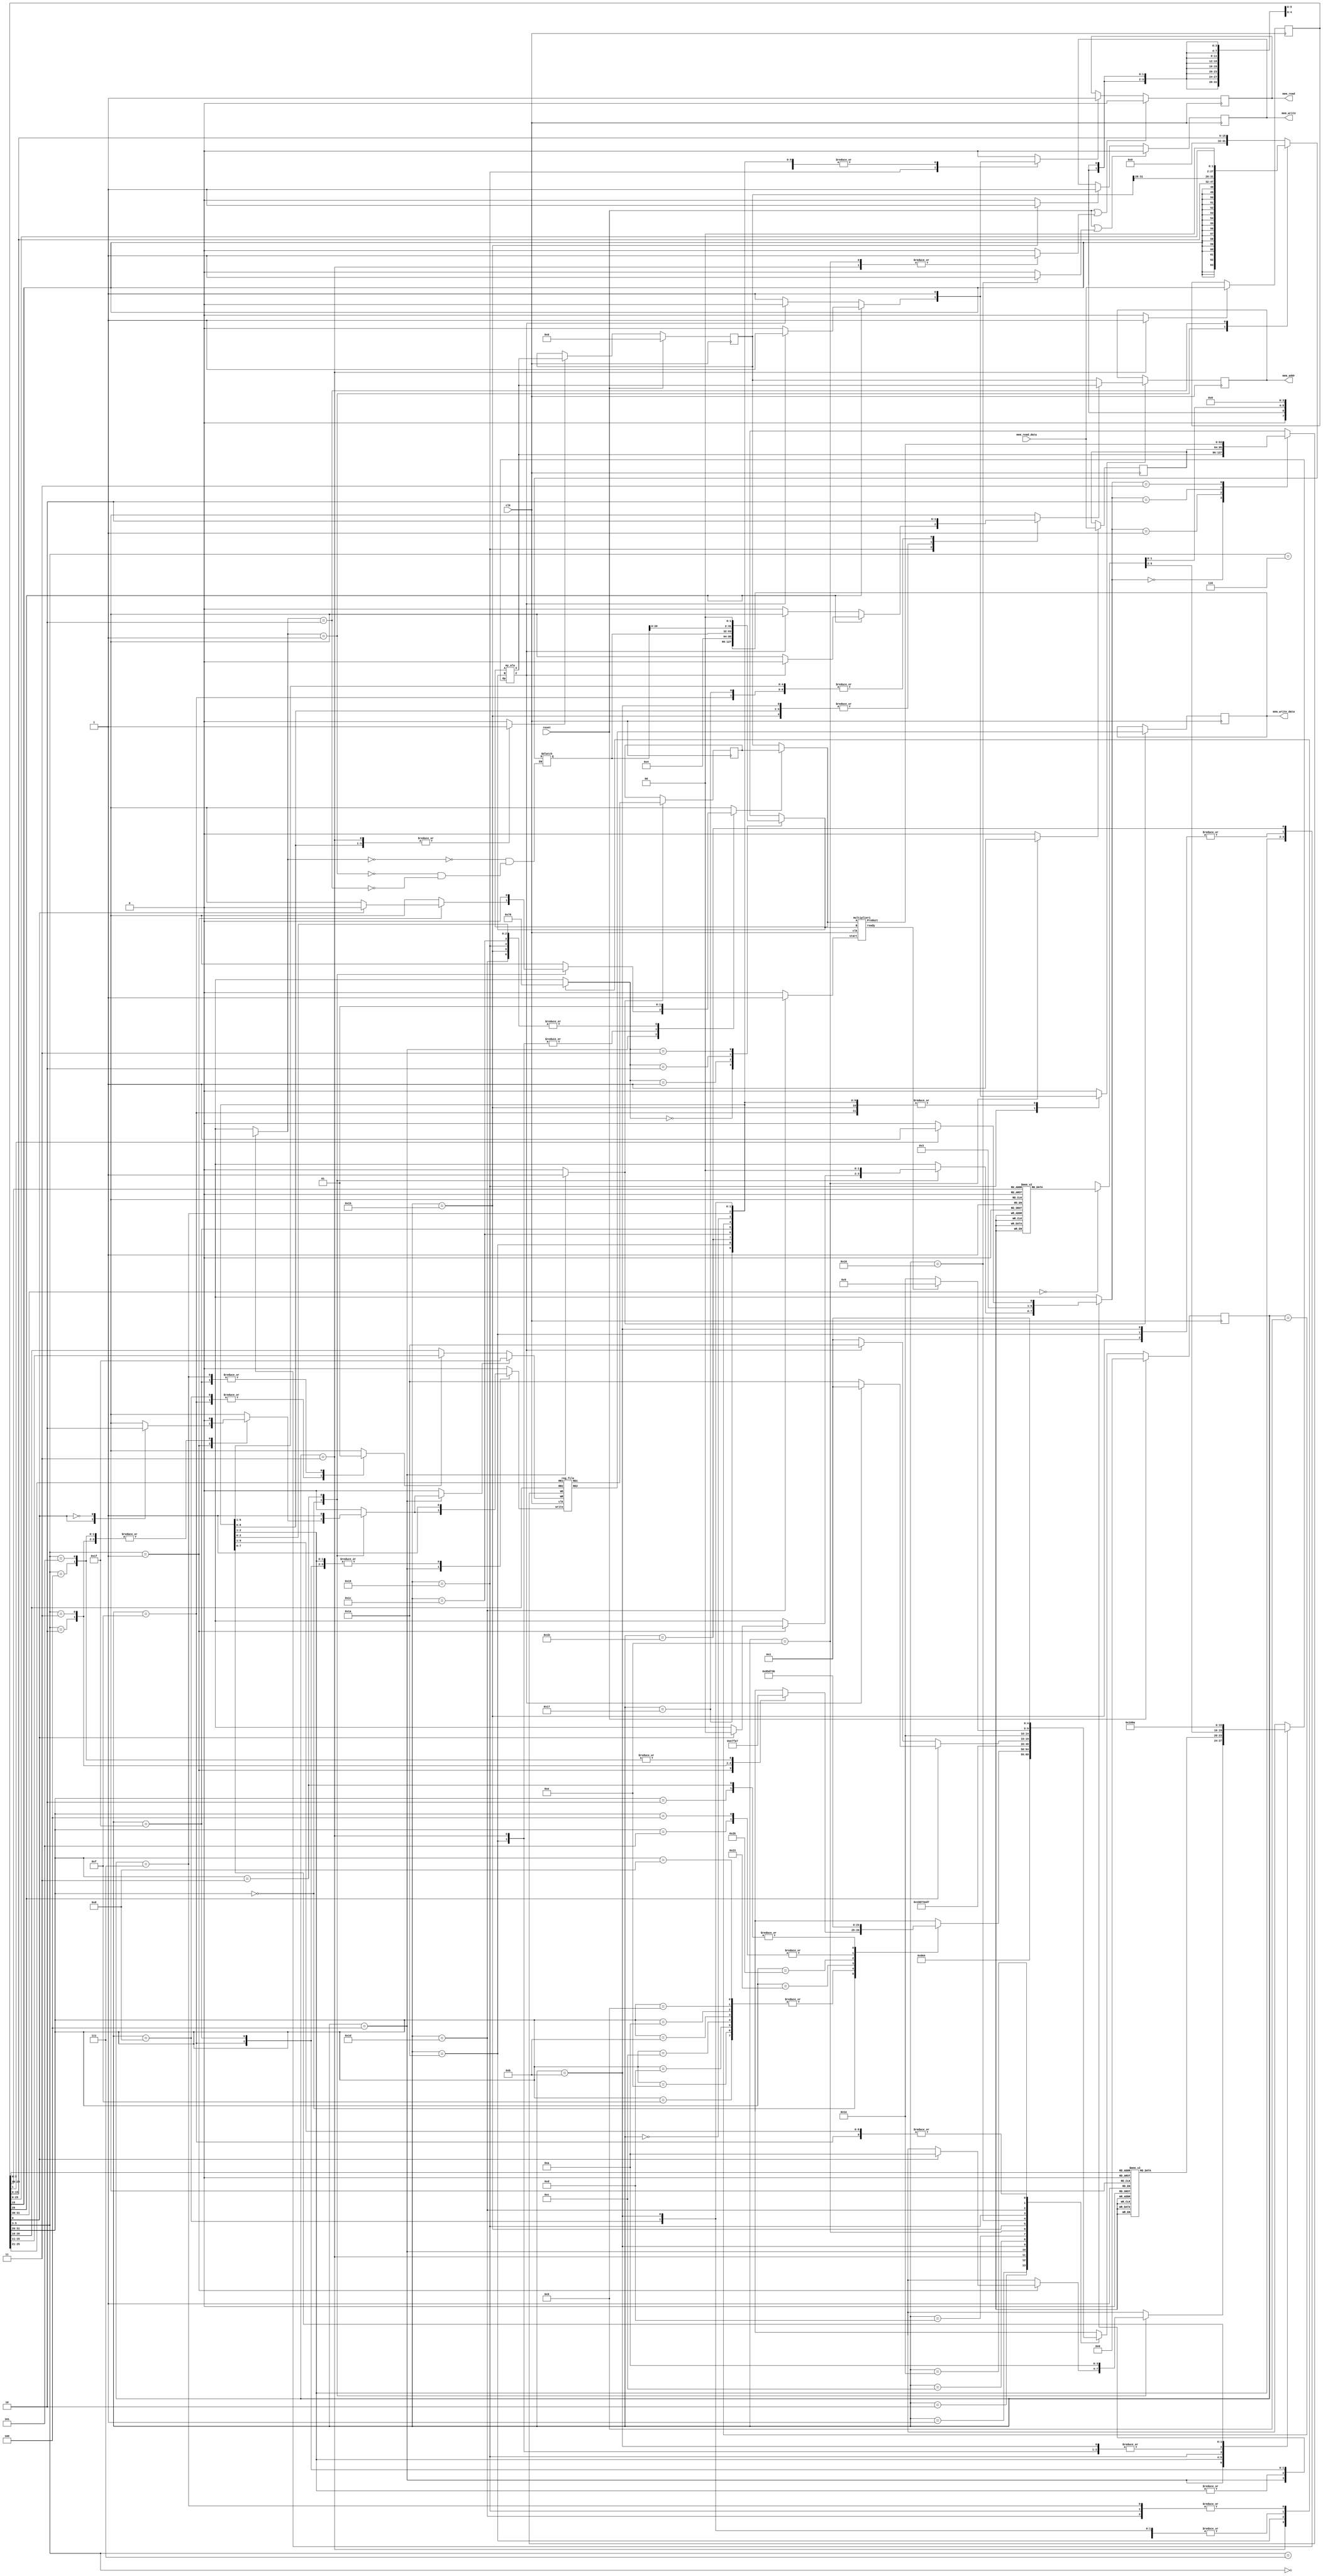

`timescale 1ns/100ps

   `define ADD  4'h0
   `define SUB  4'h1
   `define SLT  4'h2
   `define SLTU 4'h3
   `define AND  4'h4
   `define OR   4'h5
   `define NOR  4'h6
   `define XOR  4'h7
   `define LUI  4'h8
   `define JUMP    4'h9
   `define JR      4'ha
module multi_cycle_mips(

   input clk,
   input reset,

   // Memory Ports
   output  [31:0] mem_addr,
   input   [31:0] mem_read_data,
   output  [31:0] mem_write_data,
   output         mem_read,
   output         mem_write
);

   // Data Path Registers
   reg MRE, MWE;
   reg [31:0] A, B, PC, IR, MDR, MAR,regw,hi,lo;
   wire [31:0] hi1,lo1;

   // Data Path Control Lines, don't forget, regs are not always register !!
   reg setMRE, clrMRE, setMWE, clrMWE;
   reg Awrt, Bwrt, RFwrt, PCwrt, IRwrt, MDRwrt, MARwrt;

   // Memory Ports Bindings
   assign mem_addr = MAR;
   assign mem_read = MRE;
   assign mem_write = MWE;
   assign mem_write_data = B;

   // Mux & ALU Control Line
   reg [3:0] AluOP;
   reg [1:0] aluSelB,SgnExt;
   reg  aluSelA,  RegDst, IorD;
   reg [1:0] MemtoReg;
   reg link; // for jal setting wr to reg 31
   // Wiring
   wire aluZero;
   wire [31:0] aluResult, rfRD1, rfRD2;

   // Clocked Registers
   always @( posedge clk ) begin
      if( reset )
         PC <= #0.1 32'h00000000;
      else if( PCwrt )
         PC <= #0.1 aluResult;

      if( Awrt ) A <= #0.1 rfRD1;
      if( Bwrt ) B <= #0.1 rfRD2;

      if( MARwrt ) MAR <= #0.1 IorD ? aluResult : PC;

      if( IRwrt ) IR <= #0.1 mem_read_data;
      if( MDRwrt ) MDR <= #0.1 mem_read_data;

      if( reset | clrMRE ) MRE <= #0.1 1'b0;
          else if( setMRE) MRE <= #0.1 1'b1;

      if( reset | clrMWE ) MWE <= #0.1 1'b0;
          else if( setMWE) MWE <= #0.1 1'b1;
   end

   // Register File
   reg_file rf(
      .clk( clk ),
      .write( RFwrt ),

      .RR1( IR[25:21] ),
      .RR2( IR[20:16] ),
      .RD1( rfRD1 ),
      .RD2( rfRD2 ),

      .WR(link ? 5'b11111 : RegDst ? IR[15:11] : IR[20:16] ),
      .WD( regw )
   );


   // Sign/Zero Extension
   //wire [31:0] SZout = SgnExt ? {{16{IR[15]}}, IR[15:0]} : {16'h0000, IR[15:0]};
   reg [31:0] SZout;
   always @(*)
   case (SgnExt)
      2'b00: SZout= {16'h0000, IR[15:0]};
      2'b01: SZout = {{16{IR[15]}}, IR[15:0]};
      2'b10: SZout ={PC[31:28],IR[25:0],2'b00} ;
   endcase

   always @(*)
   case (MemtoReg)
      2'b00: regw= aluResult;
      2'b01: regw = MDR;
      2'b10: regw = hi1 ;
      2'b11: regw =lo1;
   endcase
   // ALU-A Mux
   wire [31:0] aluA = aluSelA ? A : PC;

   // ALU-B Mux
   reg [31:0] aluB;
   always @(*)
   case (aluSelB)
      2'b00: aluB = B;
      2'b01: aluB = 32'h4;
      2'b10: aluB = SZout;
      2'b11: aluB = SZout << 2;
   endcase

   my_alu alu(
      .A( aluA ),
      .B( aluB ),
      .Op( AluOP ),

      .X( aluResult ),
      .Z( aluZero )
   );
  
   wire ready1,mult_start1;
   wire [63:0] output_mult; 
reg ready,mult_start;

assign mult_start1=mult_start;
assign hi1=output_mult[63:32];
assign lo1=output_mult[31:0];
   multiplier1 mult(
 .A(aluA),
 .B( aluB ),
 .Product(output_mult),
 .ready(ready1),
 .clk(clk),
 .start(mult_start1)
   );

   // Controller Starts Here

   // Controller State Registers
   reg [4:0] state, nxt_state;
   
   // State Names & Numbers
   localparam
      RESET = 0, FETCH1 = 1, FETCH2 = 2, FETCH3 = 3, DECODE = 4,
      EX_ALU_R = 7, EX_ALU_I = 8,EX_MULT3=9,
      EX_LW_1 = 11, EX_LW_2 = 12, EX_LW_3 = 13, EX_LW_4 = 14, EX_LW_5 = 15,
      EX_SW_1 = 21, EX_SW_2 = 22, EX_SW_3 = 23,
      EX_BRA_1 = 25, EX_BRA_2 = 26, EX_J = 27,EX_JR=28,EX_MULT1=29,EX_MULT2=30,EX_MOVE=31;

   // State Clocked Register 
   always @(posedge clk)
      if(reset)
         state <= #0.1 RESET;
      else
         state <= #0.1 nxt_state;

   task PrepareFetch;
      begin
         IorD = 0;
         setMRE = 1;
         MARwrt = 1;
         nxt_state = FETCH1;
      end
   endtask

   // State Machine Body Starts Here
   always @( * ) begin

      nxt_state = 'bx;

      SgnExt = 'bx; IorD = 'bx;
      MemtoReg = 'bx; RegDst = 'bx;
      aluSelA = 'bx; aluSelB = 'bx; AluOP = 'bx;
      link=0;
      mult_start=1'b0;
      PCwrt = 0;
      Awrt = 0; Bwrt = 0;
      RFwrt = 0; IRwrt = 0;
      MDRwrt = 0; MARwrt = 0;
      setMRE = 0; clrMRE = 0;
      setMWE = 0; clrMWE = 0;

      case(state)

         RESET:
            PrepareFetch;

         FETCH1:
         
            nxt_state = FETCH2;

         FETCH2:
            nxt_state = FETCH3;

         FETCH3: begin
            IRwrt = 1;
            PCwrt = 1;
            clrMRE = 1;
            aluSelA = 0;
            aluSelB = 2'b01; // pc+4
            AluOP = `ADD;
            nxt_state = DECODE;
         end

         DECODE: begin
            Awrt = 1;
            Bwrt = 1;
            case( IR[31:26] )
               6'b000_000:    
         // R-format
                  case( IR[5:3] )
                     3'b000: ;
                     3'b001:begin
                        case (IR[0])
                        1'b1:
                        begin
                     aluSelA=1'b0;
                     
                     AluOP=`JR;
                     RFwrt = 1'b1;
                     MemtoReg = 1'b0;
                     link = 1'b1;
                      nxt_state=EX_JR;
                        end
                        1'b0: nxt_state=EX_JR;
                        endcase
                     end
                      
                     3'b010: nxt_state=EX_MOVE; 

                     3'b011: begin
                       
                     
                     nxt_state=EX_MULT1;
                      
                     end
                     3'b100: nxt_state = EX_ALU_R;
                     3'b101: nxt_state = EX_ALU_R;
                     3'b110: ;
                     3'b111: ;
                  endcase

               6'b001_000,             // addi
               6'b001_001,             // addiu
               6'b001_010,             // slti
               6'b001_011,             // sltiu
               6'b001_100,             // andi
               6'b001_101,             // ori
               6'b001_110,            // xori
               6'b001_111:             //lui
                  nxt_state = EX_ALU_I;

               6'b100_011:
                  nxt_state = EX_LW_1;

               6'b101_011:
                  nxt_state = EX_SW_1;

               6'b000_100,
               6'b000_101:
                  nxt_state = EX_BRA_1;
               6'b000_010 :
                   nxt_state = EX_J;
               6'b000_011 :
                  begin
                     aluSelA=1'b0;
                     AluOP=`JR;
                     RFwrt = 1'b1;
                     MemtoReg = 1'b0;
                     link = 1'b1;
                     nxt_state = EX_J;
                  end
                  

               // rest of instructiones should be decoded here

            endcase
         end
   

         EX_ALU_R: begin
         MARwrt=1'b0;
         MDRwrt=1'b0;
         IRwrt=1'b0;
         aluSelA=1'b1;
         aluSelB=2'b0;
         
         SgnExt = 1'bx;
         RegDst = 1'b1;
         MemtoReg = 1'b0;
         RFwrt = 1'b1;
            case(IR[3:0]) 
         4'b0000:     AluOP=`ADD;  //add
         4'b0001:     AluOP=`ADD;  //addu
         4'b0010:     AluOP=`SUB;  //sub
         4'b0011:     AluOP=`SUB;  //subu
         4'b0100:     AluOP=`AND;  //and
         4'b0101:     AluOP=`OR;   //or
         4'b0110:     AluOP=`XOR;  //xor
         4'b0111:     AluOP=`NOR;  //nor
         4'b1010:     AluOP=`SLT;  //slt
         4'b1011:     AluOP=`SLTU; //sltu

         endcase
         PrepareFetch;
         end

         EX_ALU_I: begin
         MARwrt=1'b0;
         MDRwrt=1'b0;
         IRwrt=1'b0;
         link=1'b0;
         aluSelA = 1'b1;
         aluSelB = 2'b10;
         RegDst = 1'b0;
         MemtoReg = 1'b0;
         RFwrt = 1'b1;
         case (IR[31:26])
               6'b001_000:             // addi
               begin
               SgnExt=1'b1;
               AluOP=`ADD;
               end
               6'b001_001:             // addiu
               begin
               SgnExt=1'b0;
               AluOP=`ADD;
               end
               6'b001_010:             // slti
               begin
               SgnExt=1'b1;
               AluOP=`SLT;
               end
               6'b001_011:             // sltiu
               begin
               SgnExt=1'b0;
               AluOP=`SLT;   
               end
               6'b001_100:             // andi
               begin
               SgnExt=1'b0;
               AluOP=`AND;   
               end
               6'b001_101:             // ori
               begin
               SgnExt=1'b0;
               AluOP=`OR;   
               end
               6'b001_110:             // xori
               begin
               SgnExt=1'b0;
               AluOP=`XOR;   
               end
               6'b001_111:             //lui
               begin
                  SgnExt=1'b0;
                 AluOP =`LUI; 
               end
         endcase
         
           PrepareFetch;
         end

         EX_LW_1: begin
         MARwrt=1'b1;
         aluSelA = 1'b1;
         aluSelB = 2'b10;
         SgnExt=1'b1;
         setMRE=1'b1;
         AluOP=`ADD;
         IorD=1'b1;
          nxt_state=EX_LW_2;
         end
         EX_LW_2: begin
            nxt_state=EX_LW_3;
         end
         EX_LW_3: begin
            nxt_state=EX_LW_4;
         end
         EX_LW_4: begin
            clrMRE=1'b1; 
            MDRwrt=1'b1;
           nxt_state=EX_LW_5;
         end
         EX_LW_5: begin
            MemtoReg=1'b1;
            RegDst = 1'b0;
            RFwrt = 1'b1;
           PrepareFetch;
         end


         EX_SW_1: begin
         IRwrt=1'b0;
         aluSelA = 1'b1;
         aluSelB = 2'b10;
         MARwrt=1'b1;
         IorD=1'b1;
         SgnExt=1'b1;
         setMWE=1'b1;
         AluOP=`ADD;
         nxt_state= EX_SW_2;
         end
         EX_SW_2: begin
           clrMWE=1'b1;
          nxt_state= EX_SW_3;
         end
         EX_SW_3: begin
           PrepareFetch;
         end


         EX_BRA_1: begin
            aluSelA = 1'b1;
            aluSelB = 2'b0;
            AluOP=`SUB;
            if(IR[26]==1'b0)begin
            if(aluZero)begin
               nxt_state=EX_BRA_2;
            end
            else
            begin
               PrepareFetch;
            end
            end
            else
            begin
            if(!aluZero)begin
               nxt_state=EX_BRA_2;
            end
            else
            begin
               PrepareFetch;
            end
            end
            
         end
         EX_BRA_2: begin
            SgnExt=1'b1;
            aluSelA = 1'b0;
            aluSelB = 2'b11;
            AluOP=`ADD;
            MARwrt=1'b1;
            IorD=1'b1;
            PCwrt=1'b1;
            setMRE=1'b1;
           nxt_state=FETCH1;
         end
          EX_J: begin
            SgnExt=2'b10;
            aluSelB = 2'b10;
            AluOP=`JUMP;
            MARwrt=1'b1;
            IorD=1'b1;
            PCwrt=1'b1;
            setMRE=1'b1;
            link = 0;
           nxt_state=FETCH1;

         end
         EX_JR:
         begin
            link = 0;
            aluSelA = 1'b1;
            AluOP=`JR;
            MARwrt=1'b1;
            IorD=1'b1;
            PCwrt=1'b1;
            setMRE=1'b1;
            link = 0;
           nxt_state=FETCH1;
         end
EX_MOVE: begin
         RegDst = 1'b1;
         RFwrt = 1'b1;
         if(IR[1])
         MemtoReg=2'b11;
         else 
         MemtoReg=2'b10;

         PrepareFetch;
end
EX_MULT1: begin

                     aluSelA = 1'b1;
                      aluSelB=1'b0;
                     mult_start = 1'b1; 

   nxt_state=EX_MULT2;
   
end
EX_MULT2: begin
   nxt_state = EX_MULT2;
   if(ready1)
   nxt_state=EX_MULT3;
end
EX_MULT3: begin
   hi=hi1;
   lo=lo1;
   PrepareFetch;
end

      endcase

   end

endmodule

//==============================================================================

module my_alu(
   input  [3:0] Op,
   input  [31:0] A,
   input  [31:0] B,
   output [31:0] X,
   output        Z
   );

   wire sub = Op != `ADD;
   wire [31:0] bb = sub ? ~B : B;
   wire [32:0] sum = A + bb + sub;
   wire sltu = ! sum[32];

   wire v = sub ?
            ( A[31] != B[31] && A[31] != sum[31] )
          : ( A[31] == B[31] && A[31] != sum[31] );

   wire slt = v ^ sum[31];

   reg [31:0] x;

   always @( * )
      case( Op )
         `ADD : x = sum;
         `SUB : x = sum;
         `SLT : x = slt;
         `SLTU: x = sltu;
         `AND : x = A & B;
         `OR  : x = A | B;
         `NOR : x = ~(A | B);
         `XOR : x = A ^ B;
         `LUI : x = {B[15:0], 16'h0};
         `JUMP : x=B;
         `JR : x=A;
         default : x = 32'hxxxxxxxx;
      endcase

   assign X = x;
   assign Z = x == 32'h00000000;

endmodule

//==============================================================================

module reg_file(
   input clk,
   input write,
   input [4:0] WR,
   input [31:0] WD,
   input [4:0] RR1,
   input [4:0] RR2,
   output [31:0] RD1,
   output [31:0] RD2
);

   reg [31:0] rf_data [0:31];

   assign #2 RD1 = rf_data[ RR1 ];
   assign #2 RD2 = rf_data[ RR2 ];   

   always @( posedge clk ) begin
      if ( write )
         rf_data[ WR ] <= WD;

      rf_data[0] <= 32'h00000000;
   end

endmodule



module multiplier1(
//---------------------Port directions and deceleration
   input clk,  
   input start,
   input [31:0] A, 
   input [31:0] B, 
   output reg [63:0] Product,
   output ready
    );



//----------------------------------------------------

//--------------------------------- register deceleration
reg [63:0] Multiplicand ;
reg [31:0]  Multiplier;
reg [5:0]  counter;
//-----------------------------------------------------

//----------------------------------- wire deceleration
wire product_write_enable;
wire [63:0] adder_output;
//-------------------------------------------------------

//------------------------------------ combinational logic
assign adder_output = Multiplicand + Product;
assign product_write_enable = Multiplier[0];
assign ready = counter[5];
//-------------------------------------------------------

//------------------------------------- sequential Logic
always @ (posedge clk)

   if(start) begin
      counter <= 6'h0 ;
      Multiplier <= B;
      Product <= 64'h0000;
      Multiplicand <= {32'h00, A} ;
   end

   else if(! ready) begin
         counter <= counter + 1;
         Multiplier <= Multiplier >> 1;
         Multiplicand <= Multiplicand << 1;

      if(product_write_enable)
         Product <= adder_output;
   end   

endmodule

//==============================================================================